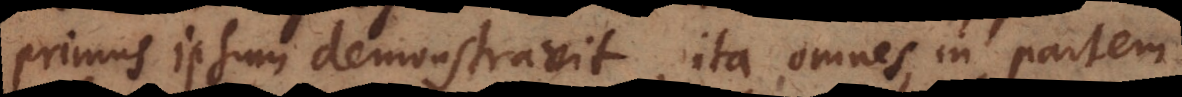
primus ipsum demonstravit, ita omnes in partem